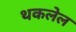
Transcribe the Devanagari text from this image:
थकलेल